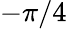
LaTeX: -\pi/4